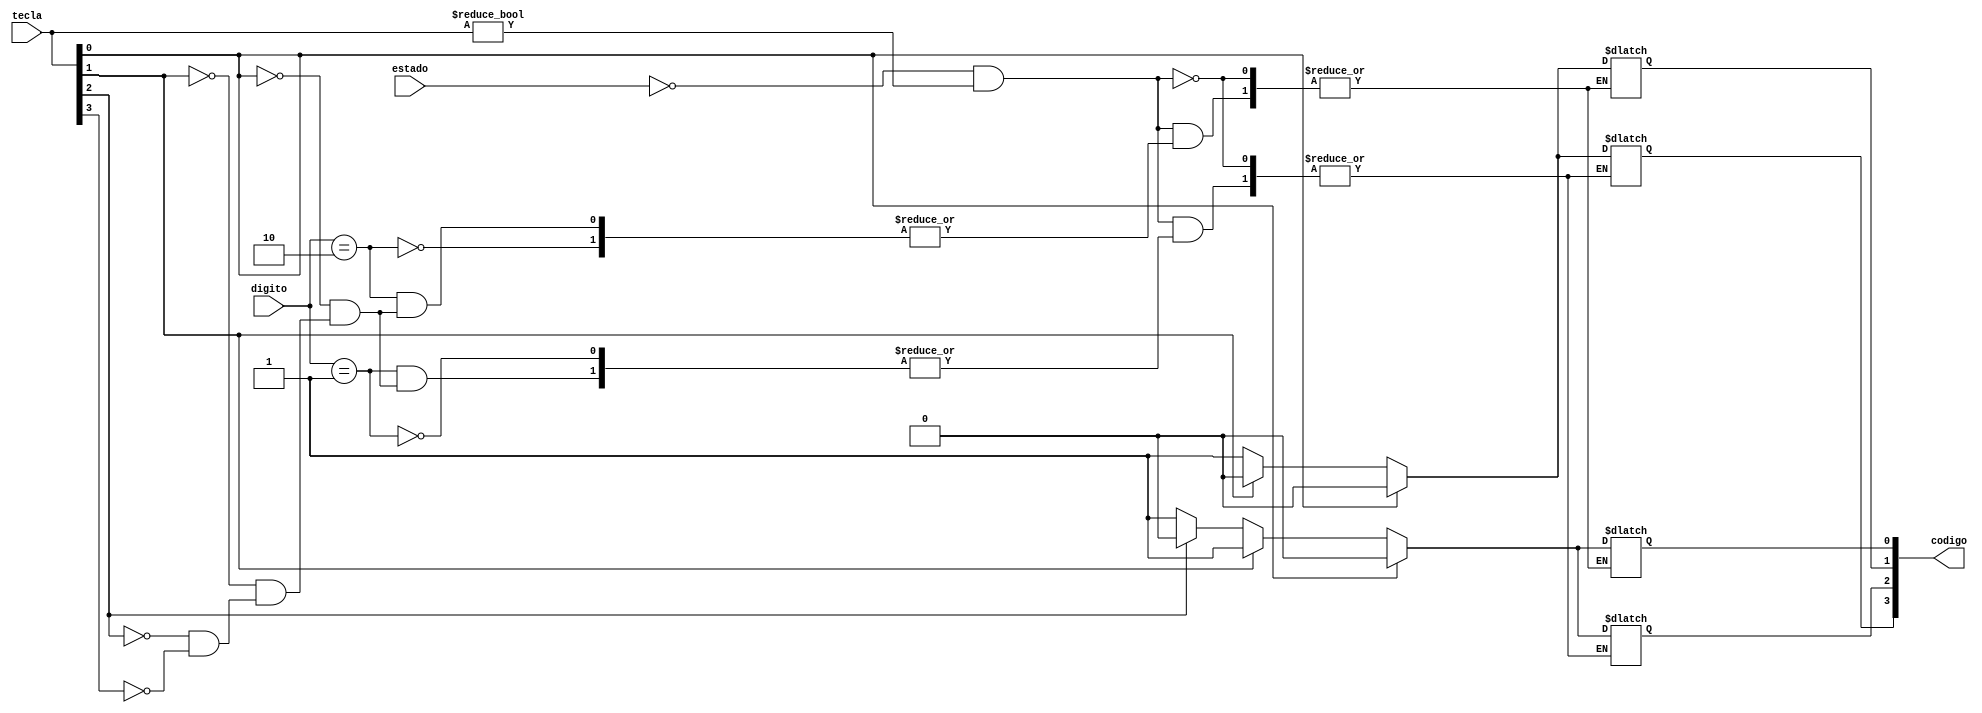
/* Modulo que gera o codigo digitado pelo usuario
	Criado por: Antony Araujo e Ozenilson Alisson 
	Data: 18 jun 2021*/

module gerador_codificador(tecla, digito, estado, codigo);
	input [3:0] tecla;
	input [1:0] digito, estado;	
	output reg [3:0] codigo;		

	
	always @ (digito) begin	
		if(estado == 0 & tecla != 0) begin
			case (digito) 
				1: begin						
					if(tecla[0] == 1) begin
						codigo[3] <= 0;
						codigo[2] <= 0;
					end
					else if(tecla[1] == 1) begin
						codigo[3] <= 0;
						codigo[2] <= 1;
					end
					else if(tecla[2] == 1) begin
						codigo[3] <= 1;
						codigo[2] <= 0;
					end
					else if(tecla[3] == 1) begin
						codigo[3] <= 1;
						codigo[2] <= 1;
					end
				end
				2: begin					
					if(tecla[0] == 1) begin
						codigo[1] <= 0;
						codigo[0] <= 0;
					end
					else if(tecla[1] == 1) begin
						codigo[1] <= 0;
						codigo[0] <= 1;
					end
					else if(tecla[2] == 1) begin
						codigo[1] <= 1;
						codigo[0] <= 0;
					end
					else if(tecla[3] == 1) begin
						codigo[1] <= 1;
						codigo[0] <= 1;
					end
				end
			endcase
		end
	end

endmodule